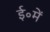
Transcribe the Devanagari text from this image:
ई॰में